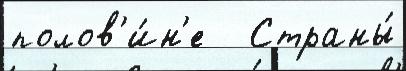
полов'и́н'е   Страны́